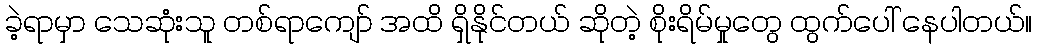
ခဲ့ရာမှာ သေဆုံးသူ တစ်ရာကျော် အထိ ရှိနိုင်တယ် ဆိုတဲ့ စိုးရိမ်မှုတွေ ထွက်ပေါ် နေပါတယ်။